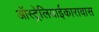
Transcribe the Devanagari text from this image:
ऑस्ट्रेलियाईकारावास